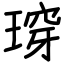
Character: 瑏